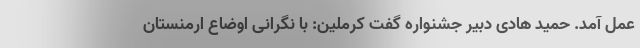
عمل آمد. حمید هادی دبیر جشنواره گفت کرملین: با نگرانی اوضاع ارمنستان